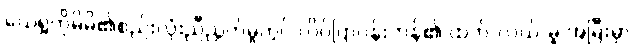
ယေရှုကိုမိမိ၏စည်းလုံးညီညွတ်မှုတွင် လိပ်ပြာပန်းကန်၏ ထက်/လယ်/မူ အမြီးမှာ